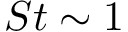
S t \sim 1